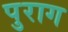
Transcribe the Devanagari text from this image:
पुराग